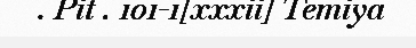
. Pit . 101-1[xxxii] Temiya